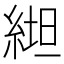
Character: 𱹶